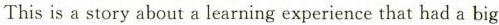
This is a story about a learning experience that had a big